Problem: 2 × 8 = ?
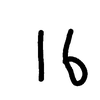
Handwritten answer: 16